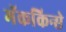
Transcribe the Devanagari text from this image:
मॅककिन्से